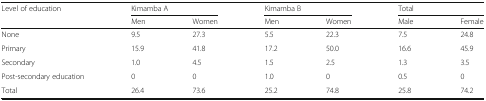
<table><thead><tr><td rowspan="2"><b>Level of education</b></td><td colspan="2"><b>Kimamba A</b></td><td colspan="2"><b>Kimamba B</b></td><td colspan="2"><b>Total</b></td></tr><tr><td><b>Men</b></td><td><b>Women</b></td><td><b>Men</b></td><td><b>Women</b></td><td><b>Male</b></td><td><b>Female</b></td></tr></thead><tbody><tr><td>None</td><td>9.5</td><td>27.3</td><td>5.5</td><td>22.3</td><td>7.5</td><td>24.8</td></tr><tr><td>Primary</td><td>15.9</td><td>41.8</td><td>17.2</td><td>50.0</td><td>16.6</td><td>45.9</td></tr><tr><td>Secondary</td><td>1.0</td><td>4.5</td><td>1.5</td><td>2.5</td><td>1.3</td><td>3.5</td></tr><tr><td>Post-secondary education</td><td>0</td><td>0</td><td>1.0</td><td>0</td><td>0.5</td><td>0</td></tr><tr><td>Total</td><td>26.4</td><td>73.6</td><td>25.2</td><td>74.8</td><td>25.8</td><td>74.2</td></tr></tbody></table>